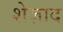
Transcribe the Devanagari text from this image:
शेज़ाद